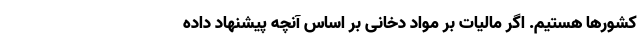
کشورها هستیم. اگر مالیات بر مواد دخانی بر اساس آنچه پیشنهاد داده